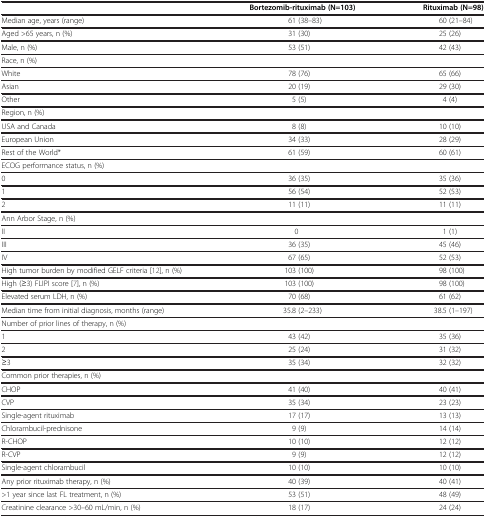
<table><thead><tr><td><b> </b></td><td><b>Bortezomib-rituximab (N=103)</b></td><td><b>Rituximab (N=98)</b></td></tr></thead><tbody><tr><td>Median age, years (range)</td><td>61 (38–83)</td><td>60 (21–84)</td></tr><tr><td>Aged &gt;65 years, n (%)</td><td>31 (30)</td><td>25 (26)</td></tr><tr><td>Male, n (%)</td><td>53 (51)</td><td>42 (43)</td></tr><tr><td>Race, n (%)</td><td> </td><td> </td></tr><tr><td>White</td><td>78 (76)</td><td>65 (66)</td></tr><tr><td>Asian</td><td>20 (19)</td><td>29 (30)</td></tr><tr><td>Other</td><td>5 (5)</td><td>4 (4)</td></tr><tr><td>Region, n (%)</td><td> </td><td> </td></tr><tr><td>USA and Canada</td><td>8 (8)</td><td>10 (10)</td></tr><tr><td>European Union</td><td>34 (33)</td><td>28 (29)</td></tr><tr><td>Rest of the World*</td><td>61 (59)</td><td>60 (61)</td></tr><tr><td>ECOG performance status, n (%)</td><td> </td><td> </td></tr><tr><td>0</td><td>36 (35)</td><td>35 (36)</td></tr><tr><td>1</td><td>56 (54)</td><td>52 (53)</td></tr><tr><td>2</td><td>11 (11)</td><td>11 (11)</td></tr><tr><td>Ann Arbor Stage, n (%)</td><td> </td><td> </td></tr><tr><td>II</td><td>0</td><td>1 (1)</td></tr><tr><td>III</td><td>36 (35)</td><td>45 (46)</td></tr><tr><td>IV</td><td>67 (65)</td><td>52 (53)</td></tr><tr><td>High tumor burden by modified GELF criteria [12], n (%)</td><td>103 (100)</td><td>98 (100)</td></tr><tr><td>High (≥3) FLIPI score [7], n (%)</td><td>103 (100)</td><td>98 (100)</td></tr><tr><td>Elevated serum LDH, n (%)</td><td>70 (68)</td><td>61 (62)</td></tr><tr><td>Median time from initial diagnosis, months (range)</td><td>35.8 (2–233)</td><td>38.5 (1–197)</td></tr><tr><td>Number of prior lines of therapy, n (%)</td><td> </td><td> </td></tr><tr><td>1</td><td>43 (42)</td><td>35 (36)</td></tr><tr><td>2</td><td>25 (24)</td><td>31 (32)</td></tr><tr><td>≥3</td><td>35 (34)</td><td>32 (32)</td></tr><tr><td>Common prior therapies, n (%)</td><td> </td><td> </td></tr><tr><td>CHOP</td><td>41 (40)</td><td>40 (41)</td></tr><tr><td>CVP</td><td>35 (34)</td><td>23 (23)</td></tr><tr><td>Single-agent rituximab</td><td>17 (17)</td><td>13 (13)</td></tr><tr><td>Chlorambucil-prednisone</td><td>9 (9)</td><td>14 (14)</td></tr><tr><td>R-CHOP</td><td>10 (10)</td><td>12 (12)</td></tr><tr><td>R-CVP</td><td>9 (9)</td><td>12 (12)</td></tr><tr><td>Single-agent chlorambucil</td><td>10 (10)</td><td>10 (10)</td></tr><tr><td>Any prior rituximab therapy, n (%)</td><td>40 (39)</td><td>40 (41)</td></tr><tr><td>&gt;1 year since last FL treatment, n (%)</td><td>53 (51)</td><td>48 (49)</td></tr><tr><td>Creatinine clearance &gt;30–60 mL/min, n (%)</td><td>18 (17)</td><td>24 (24)</td></tr></tbody></table>